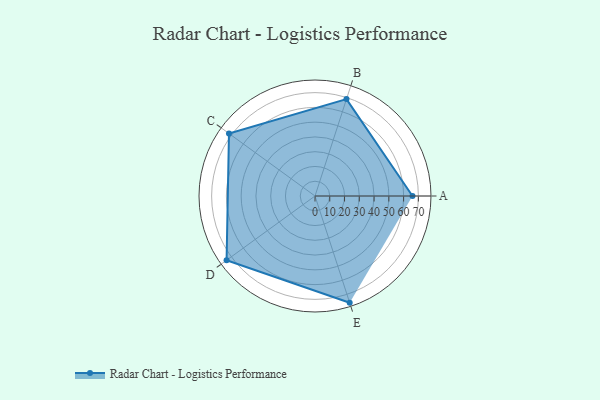
{"axis": {"x": "Skill", "y": "Score"}, "legend": ["Profile"], "data": [{"x": "A", "y": 66.0, "type": "Profile"}, {"x": "B", "y": 69.0, "type": "Profile"}, {"x": "C", "y": 72.0, "type": "Profile"}, {"x": "D", "y": 74.0, "type": "Profile"}, {"x": "E", "y": 76.0, "type": "Profile"}]}